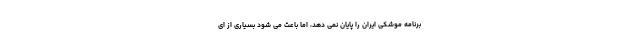
برنامه موشکی ایران را پایان نمی دهد، اما باعث می شود بسیاری از ای